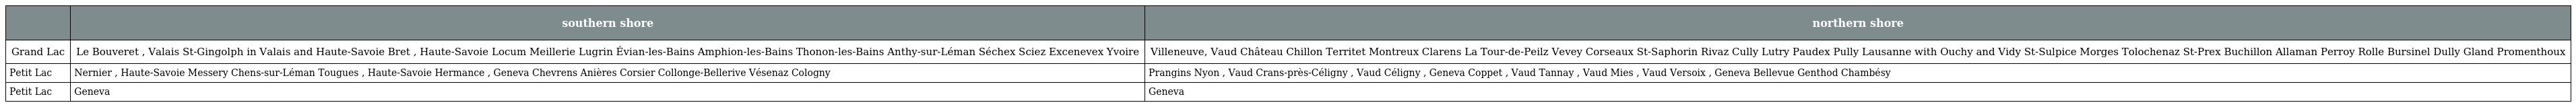
|  | southern shore | northern shore |
 | --- | --- | --- |
 | Grand Lac | Le Bouveret , Valais St-Gingolph in Valais and Haute-Savoie Bret , Haute-Savoie Locum Meillerie Lugrin Évian-les-Bains Amphion-les-Bains Thonon-les-Bains Anthy-sur-Léman Séchex Sciez Excenevex Yvoire | Villeneuve, Vaud Château Chillon Territet Montreux Clarens La Tour-de-Peilz Vevey Corseaux St-Saphorin Rivaz Cully Lutry Paudex Pully Lausanne with Ouchy and Vidy St-Sulpice Morges Tolochenaz St-Prex Buchillon Allaman Perroy Rolle Bursinel Dully Gland Promenthoux |
 | Petit Lac | Nernier , Haute-Savoie Messery Chens-sur-Léman Tougues , Haute-Savoie Hermance , Geneva Chevrens Anières Corsier Collonge-Bellerive Vésenaz Cologny | Prangins Nyon , Vaud Crans-près-Céligny , Vaud Céligny , Geneva Coppet , Vaud Tannay , Vaud Mies , Vaud Versoix , Geneva Bellevue Genthod Chambésy |
 | Petit Lac | Geneva | Geneva |